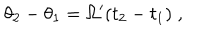
LaTeX: \theta _ { 2 } - \theta _ { 1 } = \Omega ^ { \prime } ( t _ { 2 } - t _ { 1 } ) \; ,